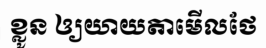
ខ្លូន ឲ្យយាយតាមើលថែ